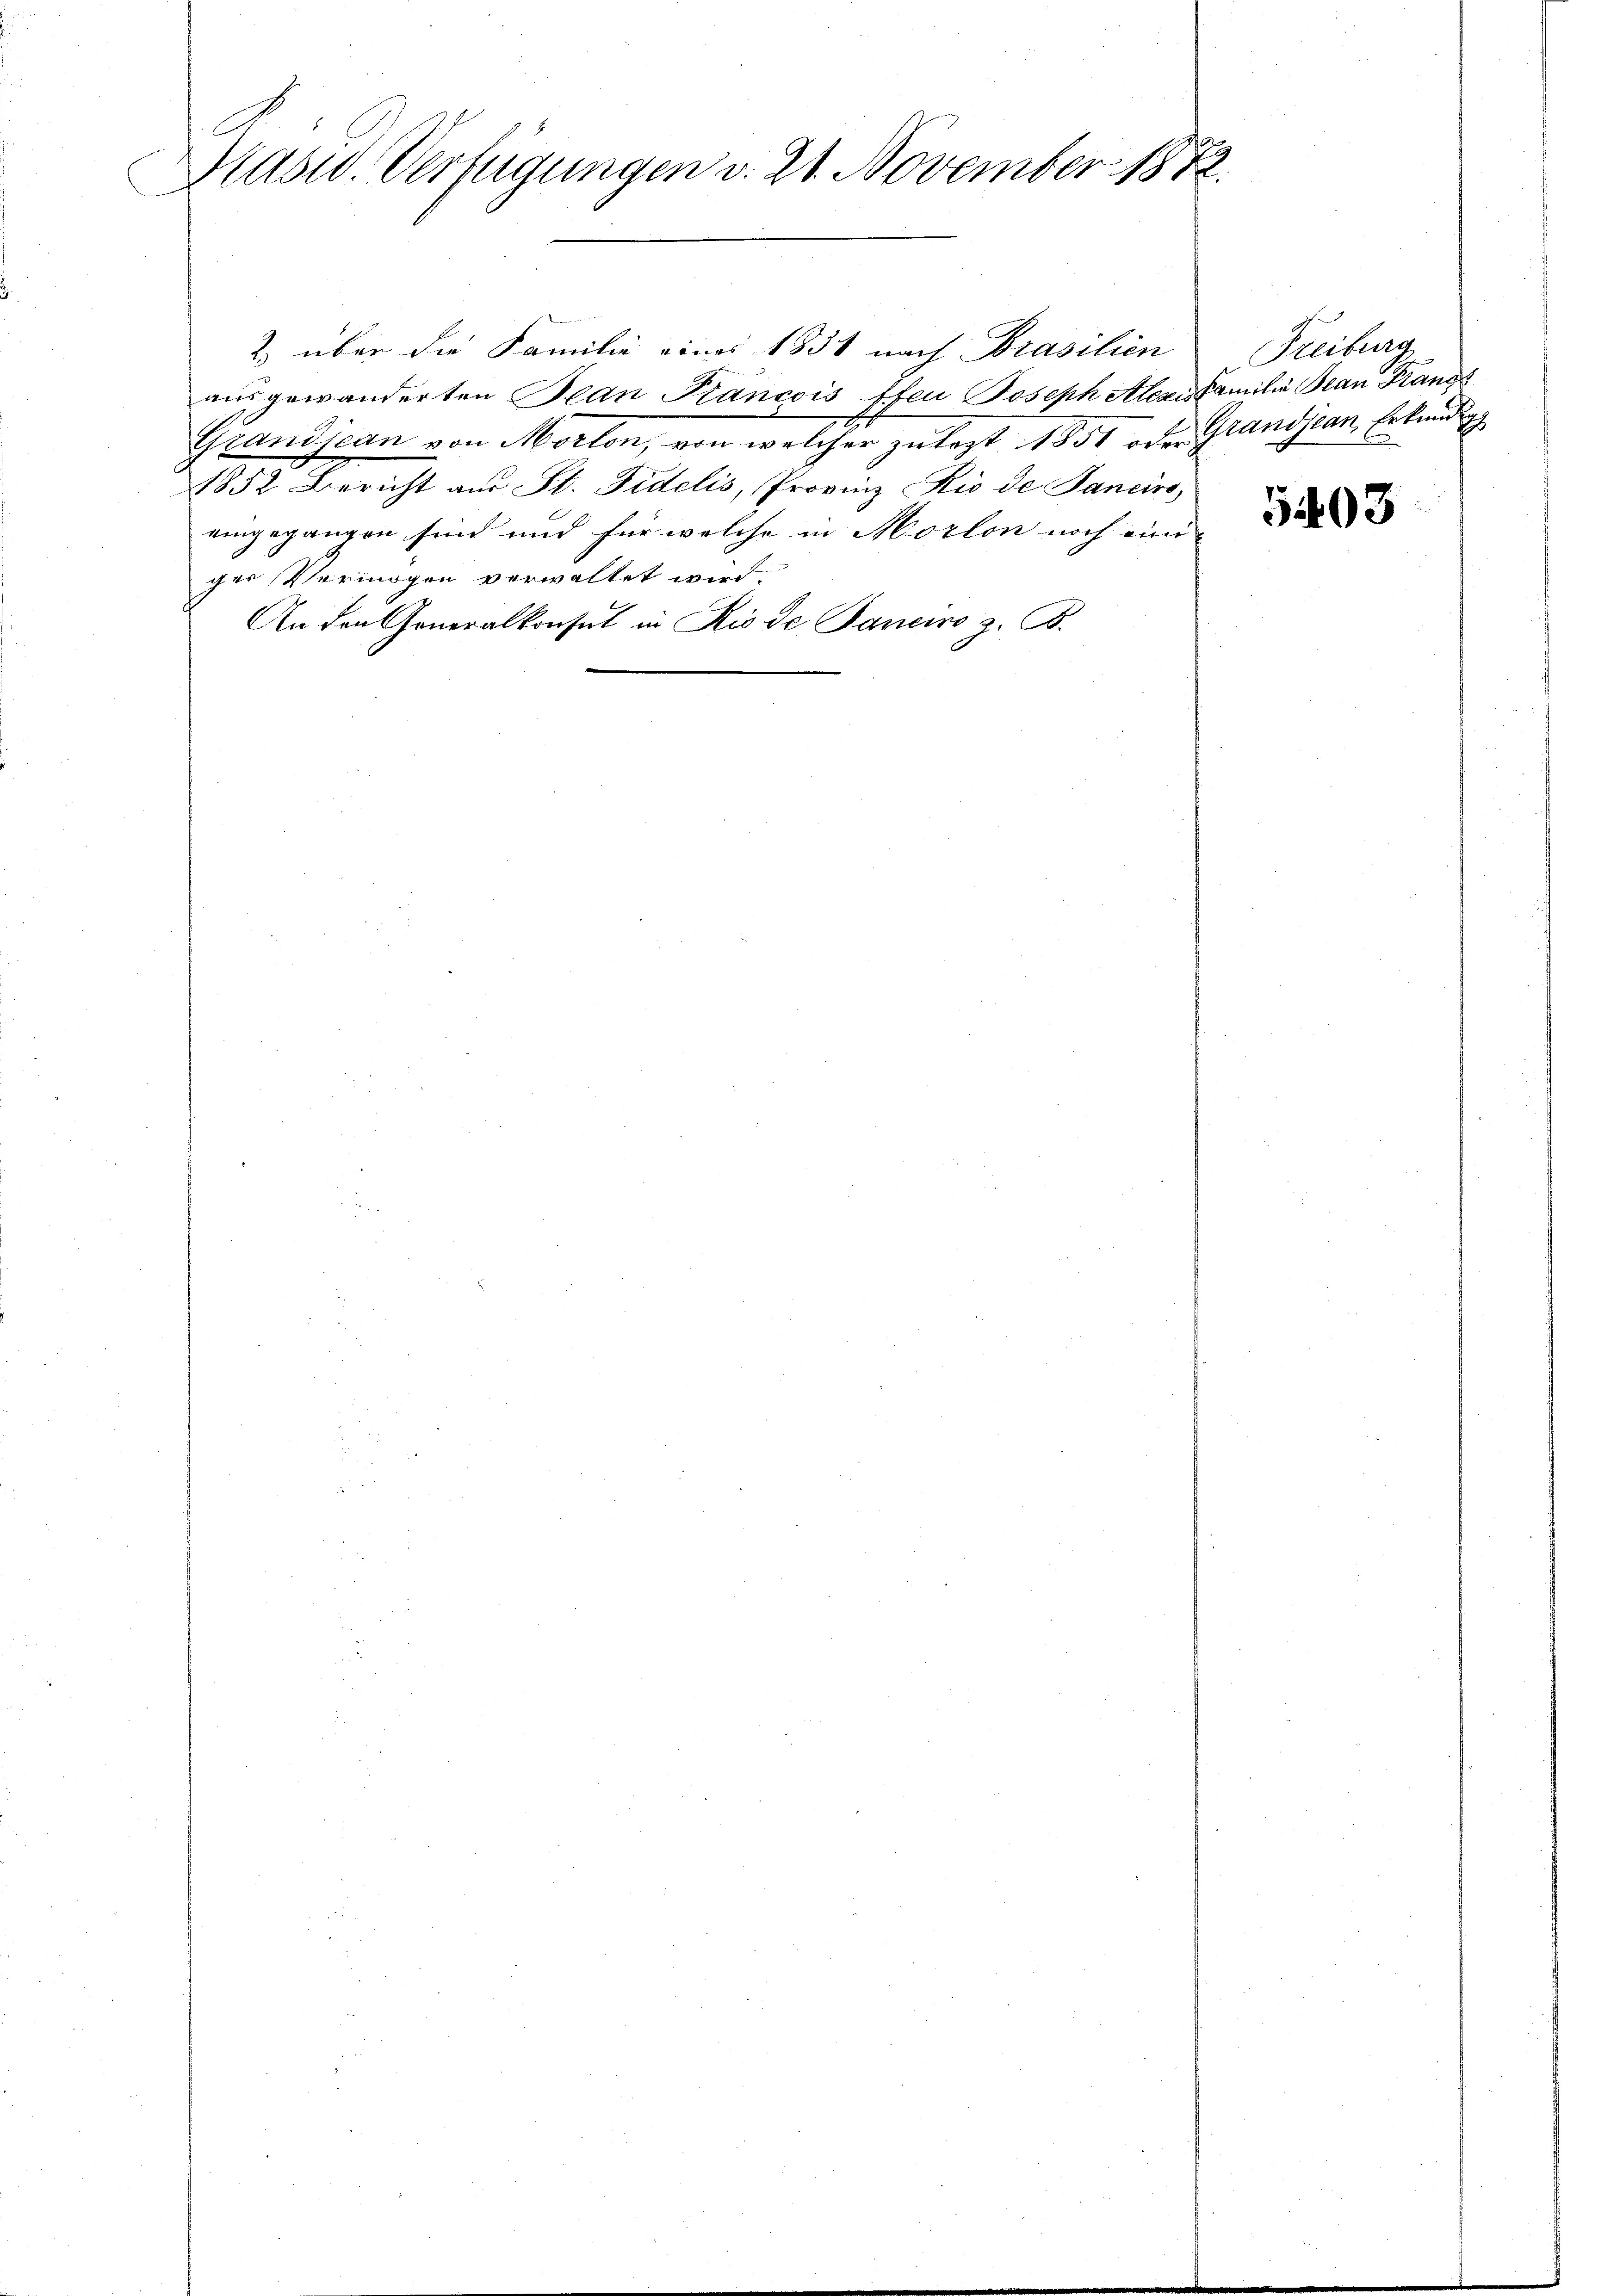
Prasw. Verfügungen v. 21. November 1872.

2) über die Familie eines 1838 nach Brasilien
ausgewanderten Plan Plancois ten Joseph Alexis familie Bean Franz
Grandjean von Morlon, von welcher zulezt 1851 oder Grandjean, Erkundig
1852 Bericht aus St. Fidelis, Provinz Kio de Sancirs
eingegangen sind und für welche in Morlon noch eine
ger Vermögen verwaltet wird.
An den Generalkonsul in Rio de Janeiro z. B.

Freiburg.

5403